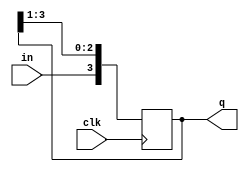
module shiftreg4_msb_in (
   input clk,
   input in,
   output reg [3:0] q
   );
   
   initial q = 0;
   
   always @(posedge clk)
      q <= {in, q[3:1]};
      
endmodule